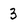
Character: 3